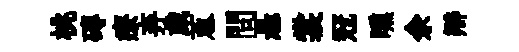
桃磚療弃歲蔥問悬裳冠曛余辯